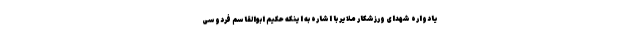
یادواره شهدای ورزشکار ملایر با اشاره به اینکه حکیم ابوالقاسم فردوسی